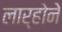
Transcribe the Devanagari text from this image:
लार्होने